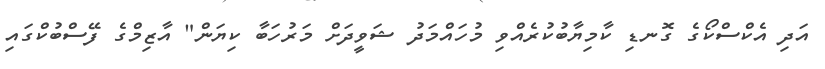
އަދި އެކްސްކޯގެ ގޮނޑި ކާމިޔާބުކުރެއްވި މުހައްމަދު ޝަވީދަށް މަރުހަބާ ކިޔަން" އާޒިމްގެ ފޭސްބުކްގައި